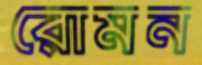
রোমন